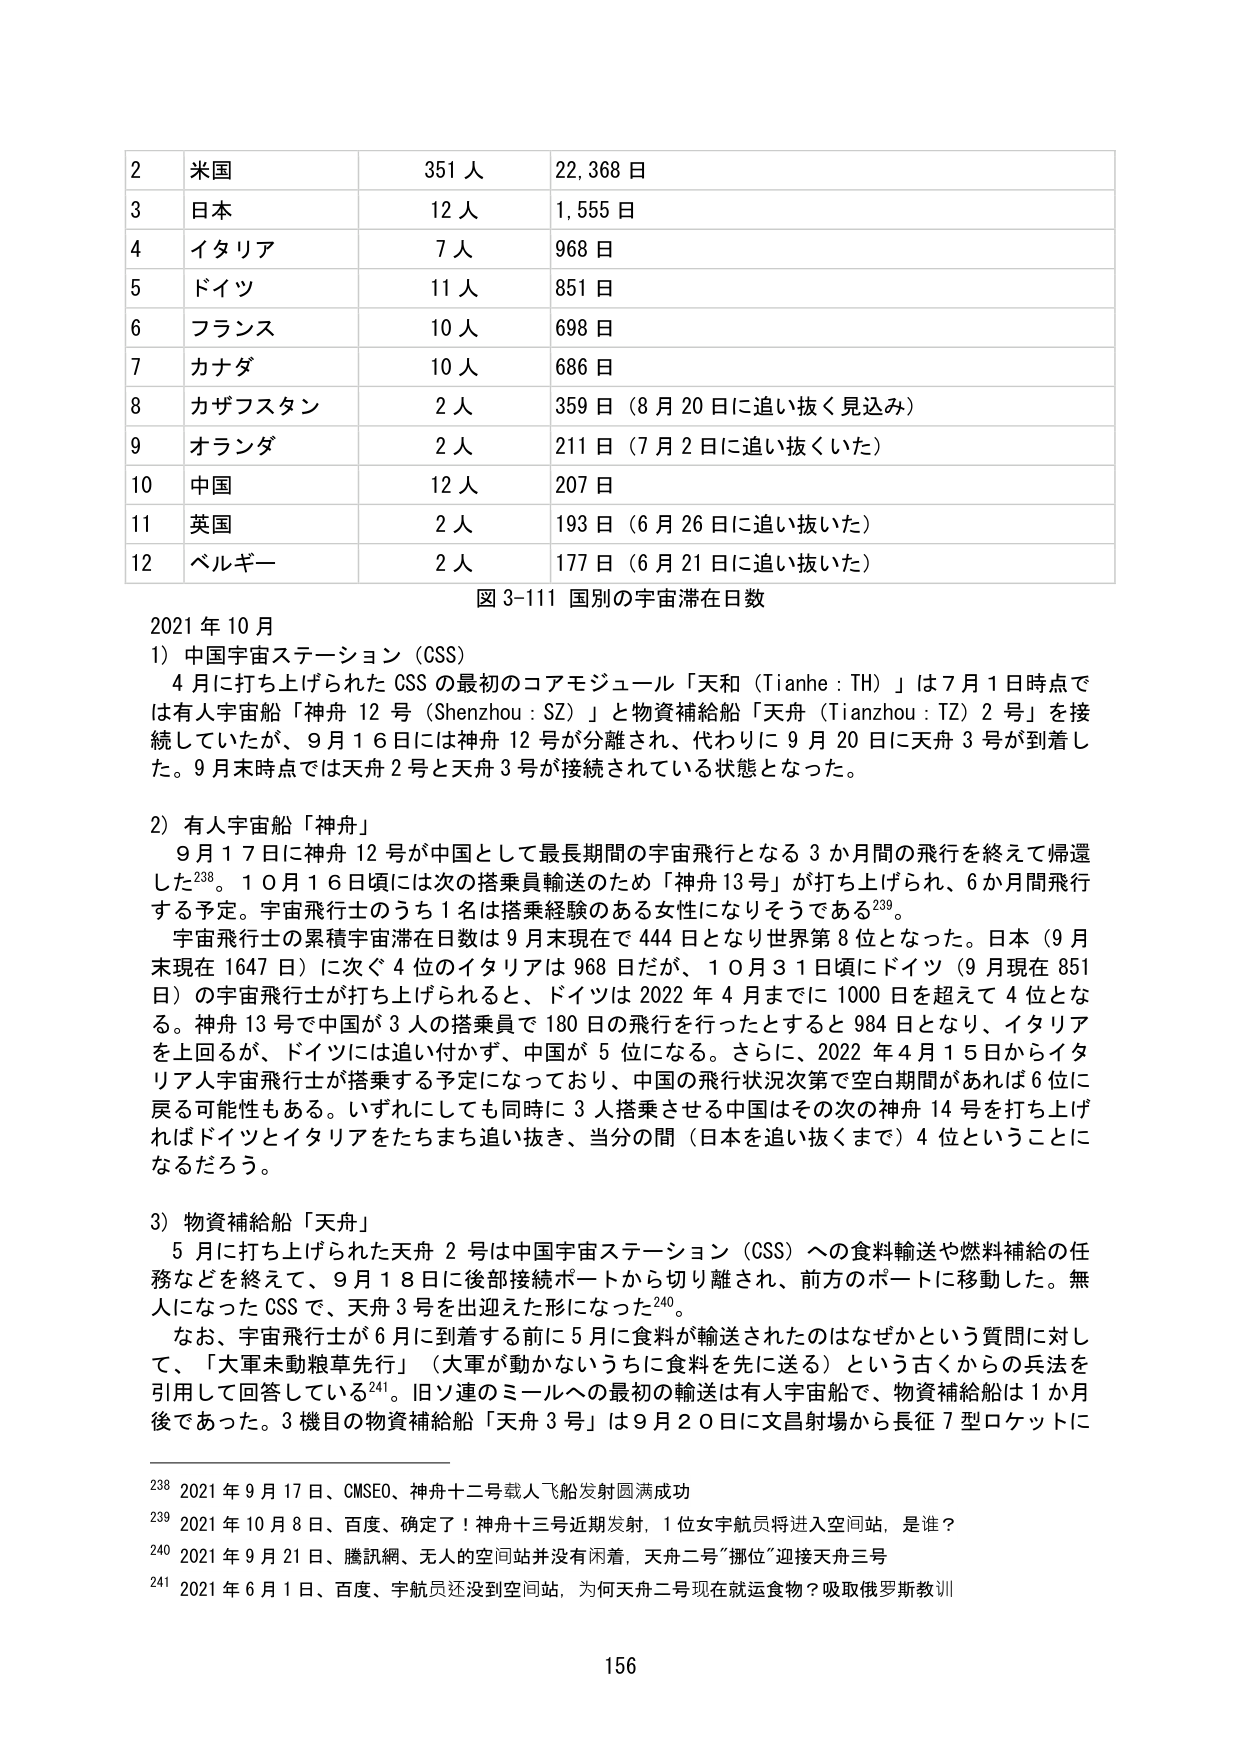
2 米国 351人 22,368日
3 日本 12人 1,555日
4 イタリア 7人 968日
5 ドイツ 11人 851日
6 フランス 10人 698日
7 カナダ 10人 686日
8 カザフスタン 2人 359日（8月20日に追い抜く見込み）
9 オランダ 2人 211日（7月2日に追い抜くいた）
10 中国 12人 207日
11 英国 2人 193日（6月26日に追い抜いた）
12 ベルギー 2人 177日（6月21日に追い抜いた）
図3-111 国別の宇宙滞在日数

2021年10月
1）中国宇宙ステーション（CSS）
　4月に打ち上げられたCSSの最初のコアモジュール「天和（Tianhe：TH）」は7月1日時点では有人宇宙船「神舟12号（Shenzhou：SZ）」と物資補給船「天舟（Tianzhou：TZ）2号」を接続していたが、9月16日には神舟12号が分離され、代わりに9月20日に天舟3号が到着した。9月末時点では天舟2号と天舟3号が接続されている状態となった。

2）有人宇宙船「神舟」
　9月17日に神舟12号が中国として最長期間の宇宙飛行となる3か月間の飛行を終えて帰還した238。10月16日頃には次の搭乗員輸送のため「神舟13号」が打ち上げられ、6か月間飛行する予定。宇宙飛行士のうち1名は搭乗経験のある女性になりそうである239。
　宇宙飛行士の累積宇宙滞在日数は9月末現在で444日となり世界第8位となった。日本（9月末現在1647日）に次ぐ4位のイタリアは968日だが、10月31日頃にドイツ（9月現在851日）の宇宙飛行士が打ち上げられると、ドイツは2022年4月までに1000日を超えて4位となる。神舟13号で中国が3人の搭乗員で180日の飛行を行ったとすると984日となり、イタリアを上回るが、ドイツには追い付かず、中国が5位になる。さらに、2022年4月15日からイタリア人宇宙飛行士が搭乗する予定になっており、中国の飛行状況次第で空白期間があれば6位に戻る可能性もある。いずれにしても同時に3人搭乗させる中国はその次の神舟14号を打ち上げればドイツとイタリアをたちまち追い抜き、当分の間（日本を追い抜くまで）4位ということになるだろう。

3）物資補給船「天舟」
　5月に打ち上げられた天舟2号は中国宇宙ステーション（CSS）への食料輸送や燃料補給の任務などを終えて、9月18日に後部接続ポートから切り離され、前方のポートに移動した。無人になったCSSで、天舟3号を出迎える形になった240。
　なお、宇宙飛行士が6月に到着する前に5月に食料が輸送されたのはなぜかという質問に対して、「大軍未動糧草先行」（大軍が動かないうちに食料を先に送る）という古くからの兵法を引用して回答している241。旧ソ連のミールへの最初の輸送は有人宇宙船で、物資補給船は1か月後であった。3機目の物資補給船「天舟3号」は9月20日に文昌射場から長征7型ロケットに

238 2021年9月17日、GMSEO、神舟十二号载人飞船发射圆满成功
239 2021年10月8日、百度、确定了！神舟十三号近期发射，1位女宇航员将进入空间站，是谁？
240 2021年9月21日、騰訊網、无人的空间站并没有闲着，天舟二号“挪位”迎接天舟三号
241 2021年6月1日、百度、宇航员还没到空间站，为何天舟二号现在就运食物？吸取俄罗斯教训

156